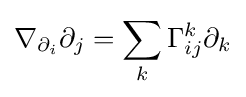
\nabla _{\partial _{i}}\partial _{j}=\sum _{k}\Gamma _{ij}^{k}\partial _{k}